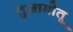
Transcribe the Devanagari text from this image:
तुआमोतू